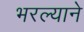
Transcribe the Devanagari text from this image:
भरल्याने